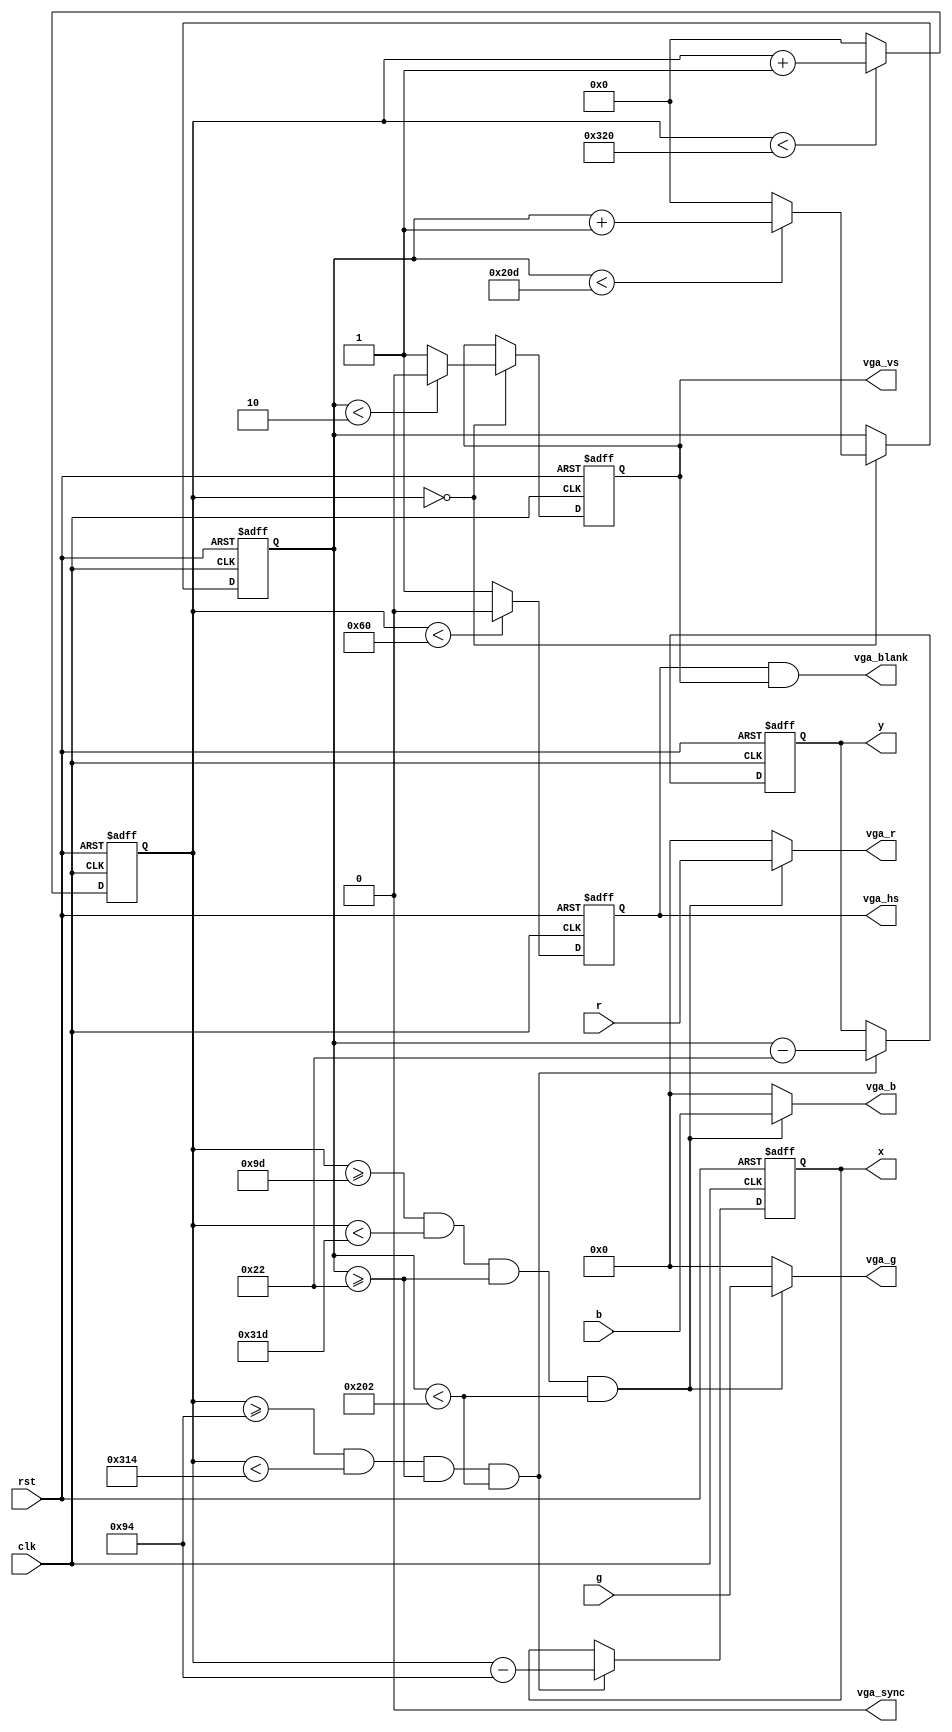
module vga_16
(
	input wire        clk,
	input wire        rst,
	input wire  [7:0] r,
	input wire  [7:0] g,
	input wire  [7:0] b,
	output reg  [9:0] x,
	output reg  [9:0] y,
	output wire [7:0] vga_r,
	output wire [7:0] vga_g,
	output wire [7:0] vga_b,
	output reg        vga_hs,
	output reg        vga_vs,
	output wire       vga_sync,
	output wire       vga_blank
);
	parameter	H_SYNC_CYC	 = 96;
	parameter	H_SYNC_BACK	 = 45+3;
	parameter	H_SYNC_ACT	 = 640;	
	parameter	H_SYNC_FRONT = 13+3;
	parameter	H_SYNC_TOTAL = 800;
	parameter	V_SYNC_CYC	 = 2;
	parameter	V_SYNC_BACK	 = 30+2;
	parameter	V_SYNC_ACT	 = 480;	
	parameter	V_SYNC_FRONT = 9+2;
	parameter	V_SYNC_TOTAL = 525;
	parameter	X_START = H_SYNC_CYC+H_SYNC_BACK+4;
	parameter	Y_START = V_SYNC_CYC+V_SYNC_BACK;
	reg [9:0] h_cnt;
	reg [9:0] v_cnt;
	assign vga_blank = vga_hs && vga_vs;
	assign vga_sync = 0;
	assign vga_r = (h_cnt >= X_START+9 && h_cnt < X_START+H_SYNC_ACT+9 &&
						 v_cnt >= Y_START   && v_cnt < Y_START+V_SYNC_ACT)
						 ? r : 0;
	assign vga_g = (h_cnt >= X_START+9 && h_cnt < X_START+H_SYNC_ACT+9 &&
						 v_cnt >= Y_START   && v_cnt < Y_START+V_SYNC_ACT)
						 ?	g : 0;
	assign vga_b = (h_cnt >= X_START+9 && h_cnt < X_START+H_SYNC_ACT+9 &&
						 v_cnt >=Y_START    && v_cnt < Y_START+V_SYNC_ACT)
						 ?	b : 0;
	always @ (posedge clk or negedge rst) begin
		if (!rst) begin
			x <= 0;
			y <= 0;
		end
		else begin
			if (h_cnt >= X_START && h_cnt < X_START+H_SYNC_ACT && 
				v_cnt >= Y_START && v_cnt < Y_START+V_SYNC_ACT) begin
				x <= h_cnt - X_START;
				y <= v_cnt - Y_START;
			end
		end
	end
	always @ (posedge clk or negedge rst) begin
		if (!rst) begin
			h_cnt <= 0;
			vga_hs <= 0;
		end
		else begin
			if (h_cnt < H_SYNC_TOTAL)
				h_cnt <= h_cnt + 1;
			else
				h_cnt <= 0;
			if (h_cnt < H_SYNC_CYC)
				vga_hs <= 0;
			else
				vga_hs <= 1;
		end
	end
	always @ (posedge clk or negedge rst) begin
		if (!rst) begin
			v_cnt <= 0;
			vga_vs <= 0;
		end
		else begin
			if (h_cnt == 0) begin
				if (v_cnt < V_SYNC_TOTAL)
					v_cnt <= v_cnt + 1;
				else
					v_cnt <= 0;
				if (v_cnt < V_SYNC_CYC)
					vga_vs <= 0;
				else
					vga_vs <= 1;
			end
		end
	end
endmodule